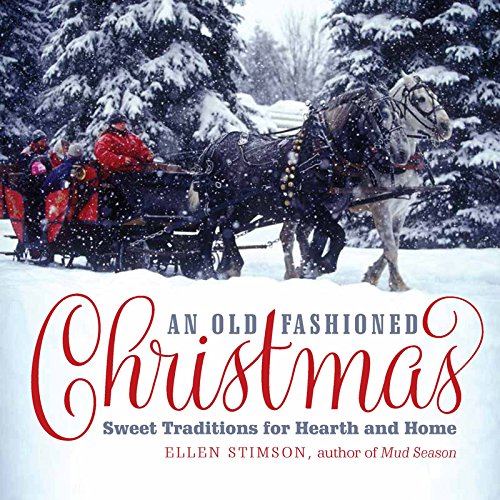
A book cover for An Old-Fashioned Christmas: Sweet Traditions for Hearth and Home; Ellen Stimson; Cookbooks, Food & Wine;